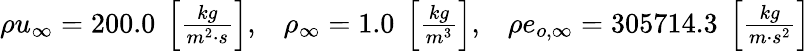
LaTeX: \begin{array}{r}{\begin{array}{lll}{\rho u_{\infty}=200.0\ \left[\frac{kg}{m^{2}\cdot s}\right],}&{\rho_{\infty}=1.0\ \left[\frac{kg}{m^{3}}\right],}&{\rho e_{o,\infty}=305714.3\ \left[\frac{kg}{m\cdot s^{2}}\right]}\end{array}}\end{array}